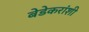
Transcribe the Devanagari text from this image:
बेडेकरांशी